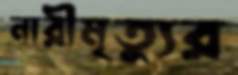
নারীমৃত্যুর